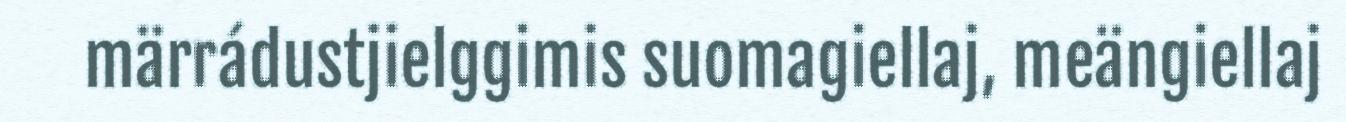
märrádustjielggimis suomagiellaj, meängiellaj